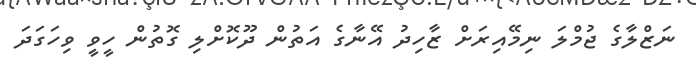
ނަޒްލާގެ ޖުމްލަ ނިމޭއިރަށް ޒާހިދު އޭނާގެ އަތުން ދޫކޮށްލި ގޮތުން ހީވީ ވިހަގަދަ